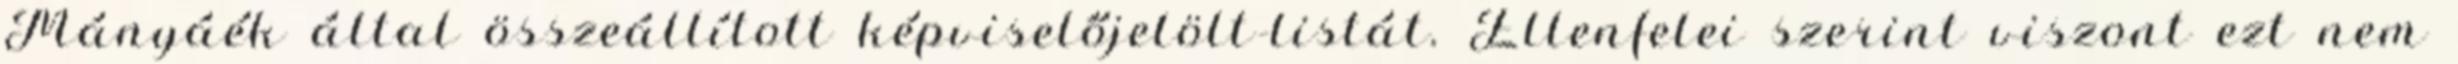
Mányáék által összeállított képviselőjelölt-listát. Ellenfelei szerint viszont ezt nem